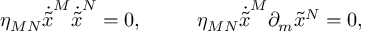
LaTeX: \eta _ { M N } \dot { \tilde { x } } ^ { M } \dot { \tilde { x } } ^ { N } = 0 , ~ ~ ~ ~ ~ ~ ~ ~ \eta _ { M N } \dot { \tilde { x } } ^ { M } \partial _ { m } { \tilde { x } } ^ { N } = 0 ,